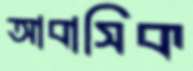
আবাসিক